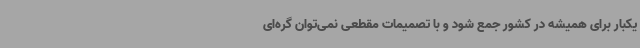
یکبار برای همیشه در کشور جمع شود و با تصمیمات مقطعی نمی‌توان گره‌ای